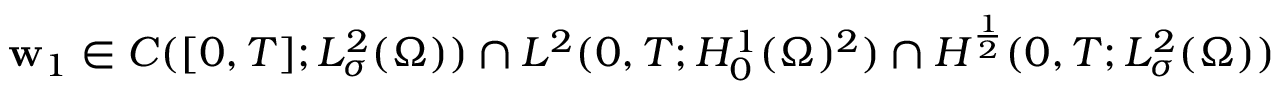
\mathbf { w } _ { 1 } \in C ( [ 0 , T ] ; L _ { \sigma } ^ { 2 } ( \Omega ) ) \cap L ^ { 2 } ( 0 , T ; H _ { 0 } ^ { 1 } ( \Omega ) ^ { 2 } ) \cap H ^ { \frac 1 2 } ( 0 , T ; L _ { \sigma } ^ { 2 } ( \Omega ) )